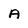
Character: A